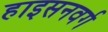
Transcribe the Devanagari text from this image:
हाइसनवर्ग